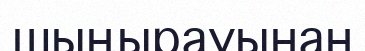
шыңырауынан